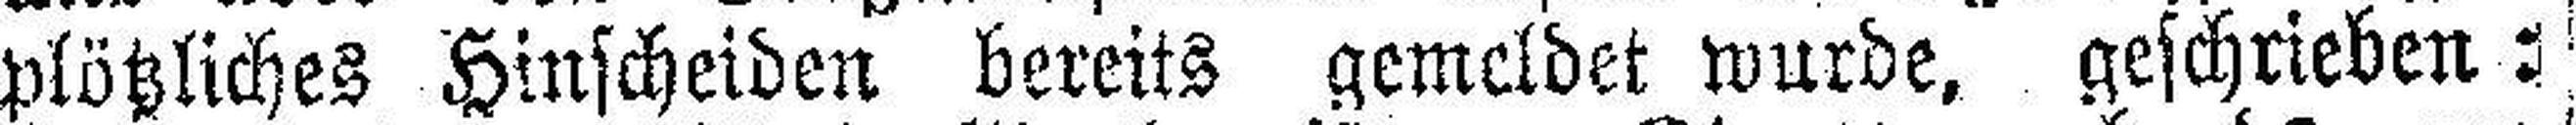
plötzliches Hinscheiden bereits gemeldet wurde, geschrieben: